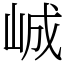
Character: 峸